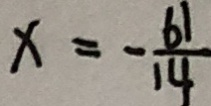
x = - \frac { 6 1 } { 1 4 }